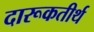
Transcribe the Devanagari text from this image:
दारूकतीर्थ